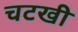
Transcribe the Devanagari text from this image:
चटखी